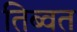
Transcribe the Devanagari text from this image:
तिब्वत